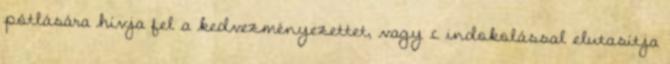
pótlására hívja fel a kedvezményezettet, vagy c indokolással elutasítja